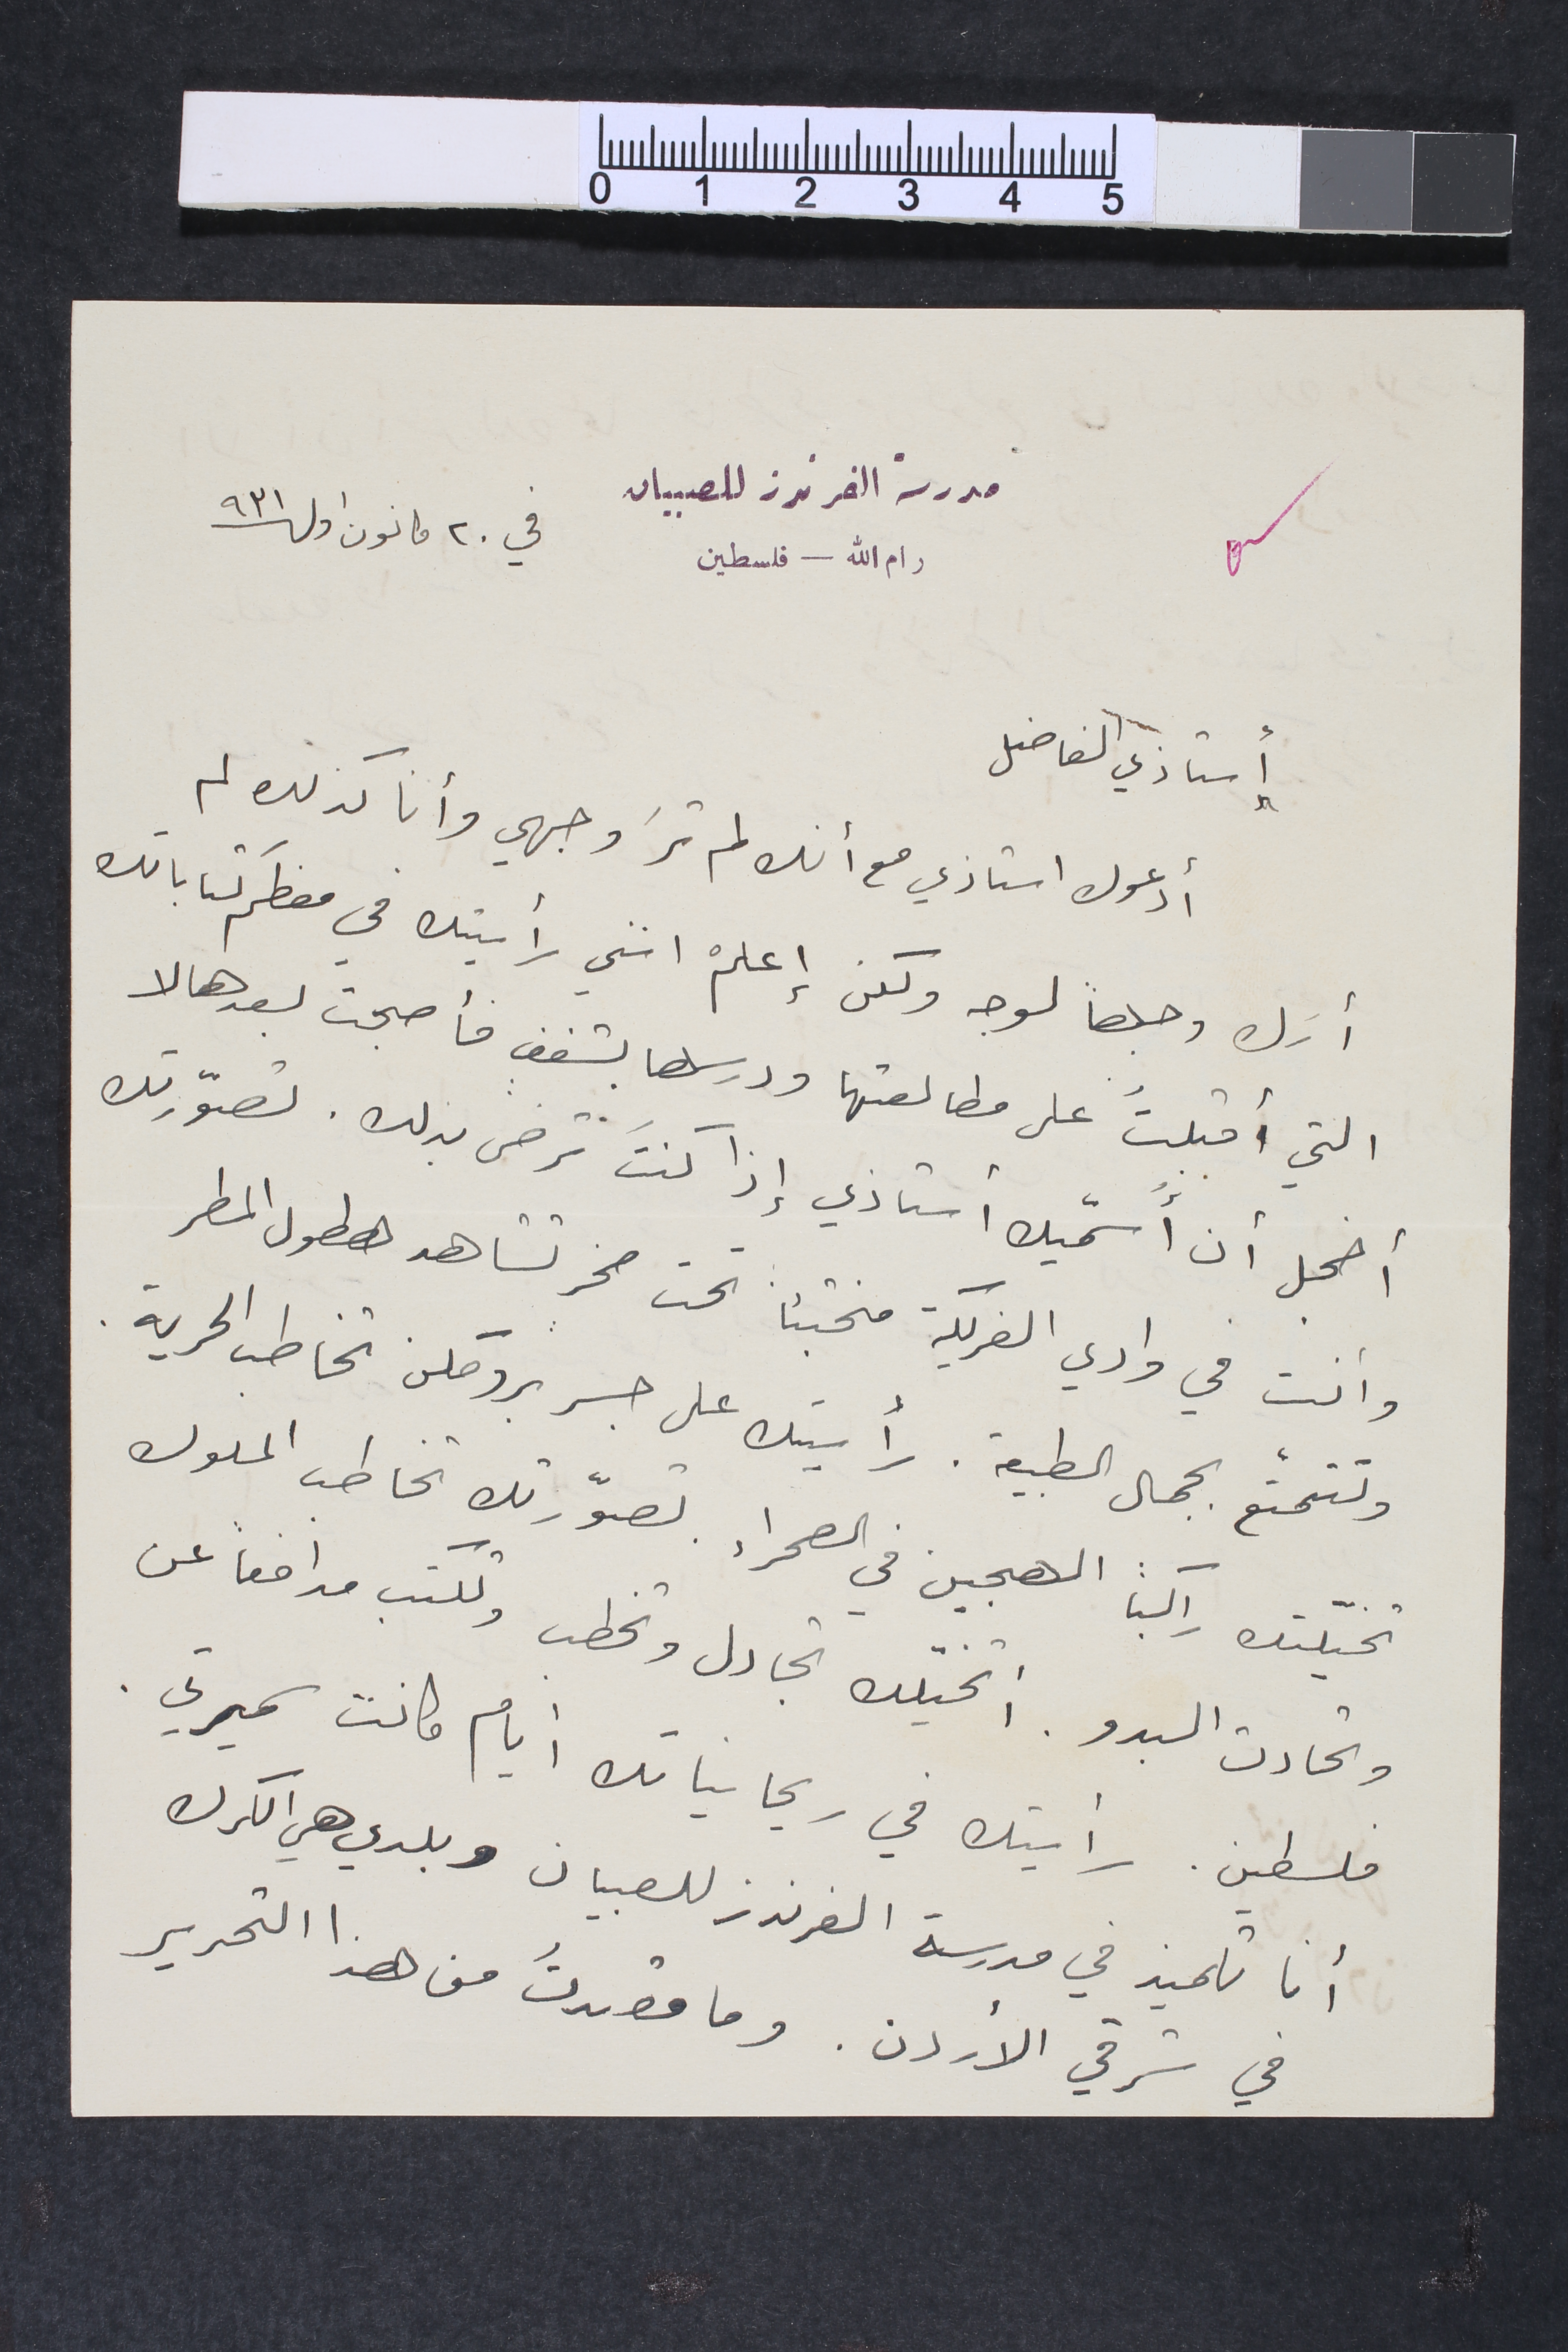
أستاذي الفاضل
أدعوك استاذي مع أنك لم ترَ وجهي وأنا كذلك لم
مدرسة الفرندز للصبيان
رام الله – فلسطين في ٢٠ كانون اول سنة ٩٣١
أرك وجهاً لوجه ولكن إعلمْ انني رأيتك في معظم كتاباتك
التي أقبلتُ على مطالعتها ودرسها بشغف فأصبحت بعدها لا
أخجل أن أسمّيك أستاذي إذا كنت ترضى بذلك. تصوّرتك
وأنت فى وادي الفريكة مختبئا تحت صخر تشاهد هطول المطر
وتتمتع بجمال الطبيعة. رأيتك على جسر بروكلن تخاطب الحرية.
تخيلّتك راكباً الهجين في الصحراء. تصوّرتك تخاطب الملوك
وتحادث البدو. أتخيّلك تجادل وتخطب وتكتب مدافعاً عن
فلسطين. رأيتك في ريحانياتك أيام كانت سميرتي.
أنا تلميذ في مدرسة الفرندز للصبيان وبلدي هي الكرك
في شرقي الأردن. وما قصدتُ من هذا التحرير